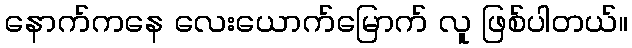
နောက်ကနေ လေးယောက်မြောက် လူ ဖြစ်ပါတယ်။